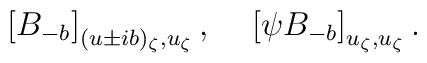
\left[B_{-b}\right]_{(u\pm ib)_\zeta,u_\zeta},~~~  \left[\psi B_{-b}\right]_{u_\zeta,u_\zeta}.